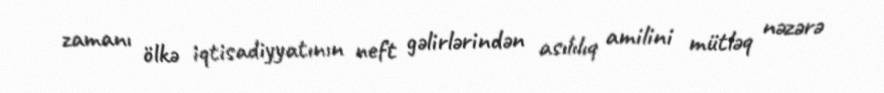
zamanı ölkə iqtisadiyyatının neft gəlirlərindən asılılıq amilini mütləq nəzərə